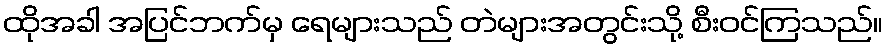
ထိုအခါ အပြင်ဘက်မှ ရေများသည် တဲများအတွင်းသို့ စီးဝင်ကြသည်။